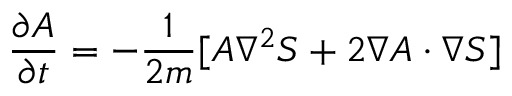
\frac { \partial A } { \partial t } = - \frac { 1 } { 2 m } [ A \nabla ^ { 2 } S + 2 \nabla A \cdot \nabla S ]